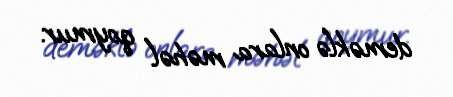
deməklə onlara məhəl qoymur.